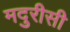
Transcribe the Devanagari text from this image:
मदुरीसी